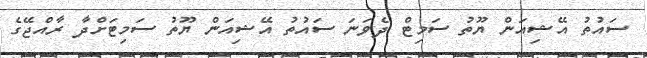
ސައުތު އޭޝިއަން ޔޫތު ސަމިޓް ދެވަނަ ސައުތު އޭޝިއަން ޔޫތު ސަމިޓަށްދާ ރާއްޖޭގެ